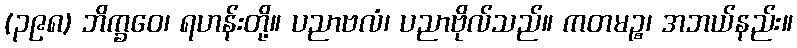
(၃၉၈) ဘိက္ခဝေ၊ ရဟန်းတို့။ ပညာဗလံ၊ ပညာဗိုလ်သည်။ ကတမဉ္စ၊ အဘယ်နည်း။